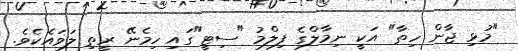
"މުޅި ޖާން ހިތާ" އަކީ ނިމާލްގެ ފިލްމު "ސިޓީ"ގައި ހިމެނޭ ރީތި ލަވައެކެވެ.